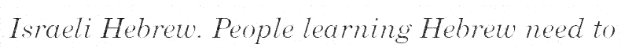
Israeli Hebrew. People learning Hebrew need to